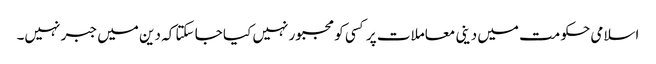
اسلامی حکومت میں دینی معاملات پر کسی کو مجبور نہیں کیا جا سکتا کہ دین میں جبر نہیں۔